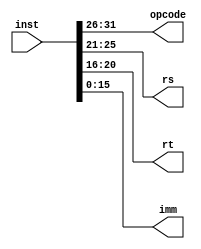
module Splitter(inst,opcode,rs,rt,imm);  //32 bit Instruction 31-26 Opcode
					       //rs 25-21 rt 20-16 immidiate value 15-0
input [31:0] inst;


output [5:0] opcode;
output [4:0] rs;
output [4:0] rt;
output [15:0] imm;


reg [4:0] rs;
reg [4:0] rt;
reg [15:0] imm;

assign opcode = inst[31:26];

always @(opcode)//If Opcode Value is Zero we can Ignore because its going to be R Type 
		//This is required for assiging values to registers
begin
  
	//For I-Type Instructions Only 
	rs = inst[25:21];
	rt = inst[20:16];
	imm = inst[15:0];
	

end

endmodule